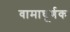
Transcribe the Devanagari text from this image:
वामाघूर्णक